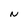
Character: N